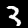
Label: 3